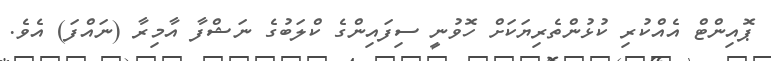
ޕޮއިންޓް އެއްކުރި ކުޅުންތެރިޔަކަށް ހޮވުނީ ސިފައިންގެ ކްލަބުގެ ނަޝްފާ އާމިރާ (ނައްފަ) އެވެ.